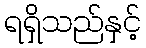
ရရှိသည်နှင့်